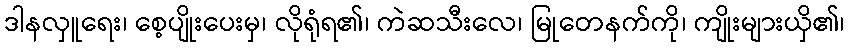
ဒါနလှူရေး၊ စေ့ပျိုးပေးမှ၊ လိုရုံရ၏၊ ကဲဆသီးလေ၊ မြုတေနက်ကို၊ ကျိုးများယှိ၏၊